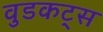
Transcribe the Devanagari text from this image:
वुडकट्स